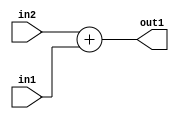
`timescale 1ps / 1ps
/*****************************************************************************
    Verilog RTL Description
    
    
    Created by: Stratus DpOpt 2019.1.01 
*******************************************************************************/

module st_weight_addr_gen_Add_16Ux8U_16U_4_3 (
	in2,
	in1,
	out1
	); /* architecture "behavioural" */ 
input [15:0] in2;
input [7:0] in1;
output [15:0] out1;
wire [15:0] asc001;

assign asc001 = 
	+(in2)
	+(in1);

assign out1 = asc001;
endmodule

/* CADENCE  ubL1Qg0= : u9/ySgnWtBlWxVPRXgAZ4Og= ** DO NOT EDIT THIS LINE ******/